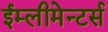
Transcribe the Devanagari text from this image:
ईम्लीमेन्टर्स